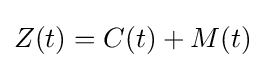
Z(t)=C(t)+M(t)